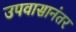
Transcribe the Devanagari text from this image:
उपवासानंतर